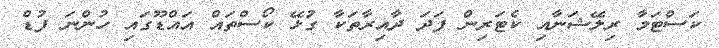
ކަސްޓަމާ ރިލޭޝަނާއި ކެޓަރިން ފަދަ ދާއިރާތަކާ ގުޅޭ ކޯސްތައް އައްޑޫގައި ހުންނަ ފުޑް